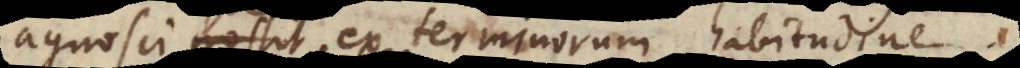
gnosci possit ex terminorum habitudin